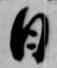
日